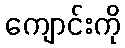
ကျောင်းကို